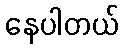
နေပါတယ်